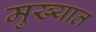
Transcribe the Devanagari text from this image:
मुख्यात